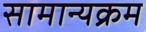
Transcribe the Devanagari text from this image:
सामान्यक्रम